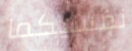
نفسيكما